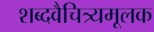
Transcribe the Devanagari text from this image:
शब्दवैचित्र्यमूलक